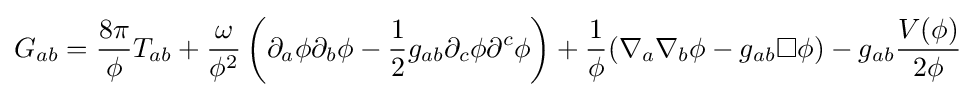
G_{ab}={\frac {8\pi }{\phi }}T_{ab}+{\frac {\omega }{\phi ^{2}}}\left(\partial _{a}\phi \partial _{b}\phi -{\frac {1}{2}}g_{ab}\partial _{c}\phi \partial ^{c}\phi \right)+{\frac {1}{\phi }}(\nabla _{a}\nabla _{b}\phi -g_{ab}\Box \phi )-g_{ab}{\frac {V(\phi )}{2\phi }}